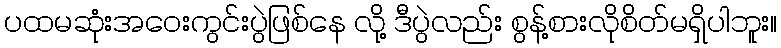
ပထမဆုံးအဝေးကွင်းပွဲဖြစ်နေ လို့ ဒီပွဲလည်း စွန့်စားလိုစိတ်မရှိပါဘူး။